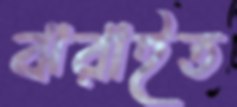
ঝরাইত